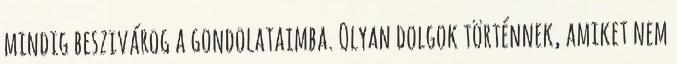
mindig beszivárog a gondolataimba. Olyan dolgok történnek, amiket nem